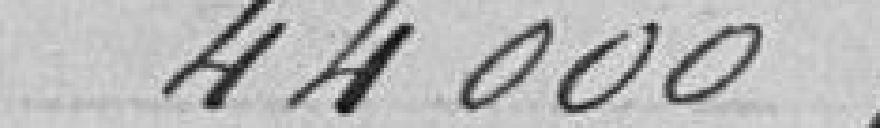
44000